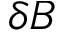
\delta B